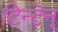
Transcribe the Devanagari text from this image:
टिन्टॆन्